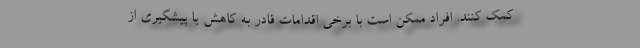
کمک کنند. افراد ممکن است با برخی اقدامات قادر به کاهش یا پیشگیری از